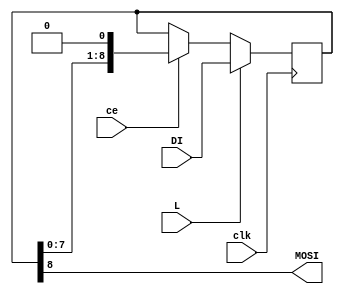
module mtx #(parameter m = 9)(
	input [m-1:0]DI,
	input ce,
	input L,
	input clk,
	output MOSI
);

reg [m-1:0]sr_MTX = 0;
assign MOSI = sr_MTX[m-1];

always @(posedge clk) begin
	if (L)
		sr_MTX <= DI;
	else
		sr_MTX <= ce ? sr_MTX << 1 : sr_MTX;
end

endmodule